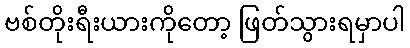
ဗစ်တိုးရီးယားကိုတော့ ဖြတ်သွားရမှာပါ